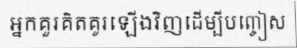
អ្នកគួរគិតគូរឡើងវិញដើម្បីបញ្ចៀស